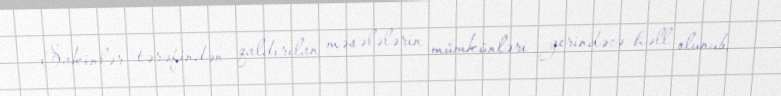
Sakinlər tərəfindən qaldırılan məsələlərin mümkünləri yerindəcə həll olunub,